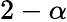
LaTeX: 2-\alpha